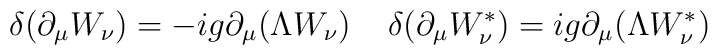
\delta (\partial _{\mu} W_{\nu}) =-i g \partial _{\mu} (\Lambda W_{\nu})\; \; \; \;\delta (\partial _{\mu} W_{\nu} ^{\ast}) =i g \partial_{\mu} (\Lambda  W_{\nu } ^{\ast} )